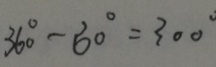
3 6 0 ^ { \circ } - 6 0 ^ { \circ } = 3 0 0 ^ { \circ }